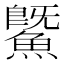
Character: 鱀